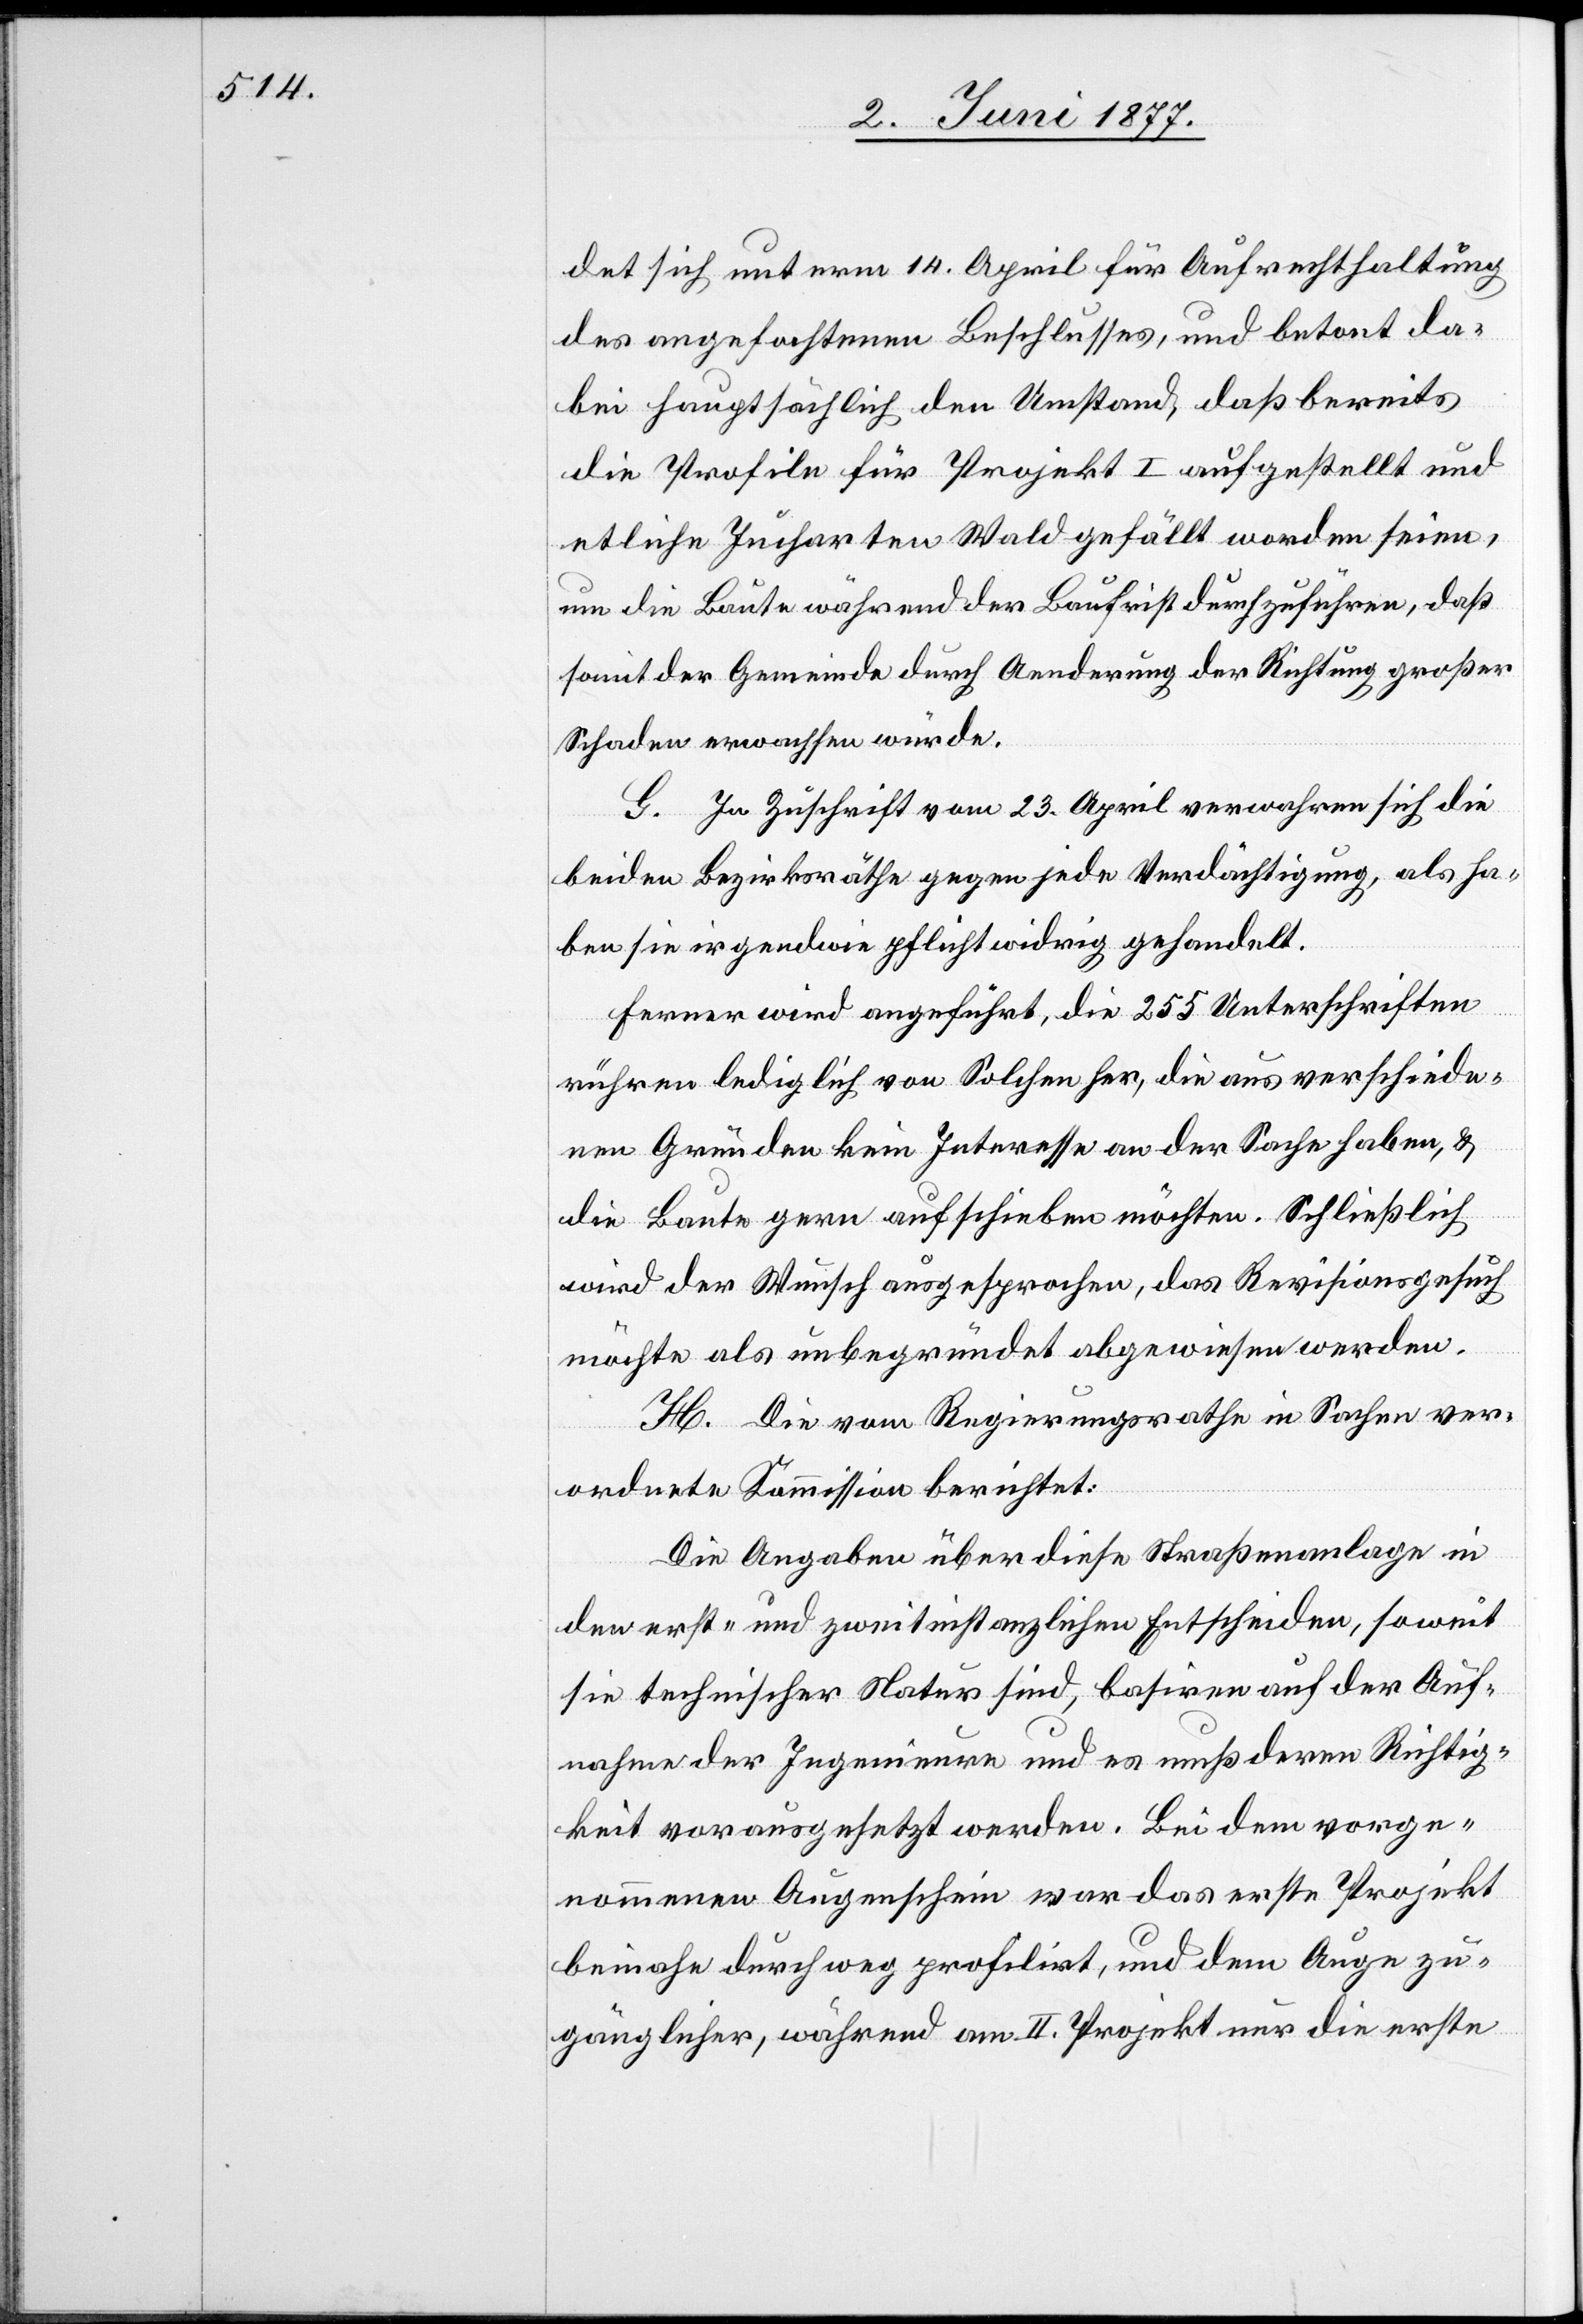
det sich unterm 14. April für Aufrechterhaltung
des angefochtenen Beschlusses, und betont da¬
bei hauptsächlich den Umstand, daß bereits
die Profile für Projekt I aufgestellt und
etliche Jucharten Wald gefällt worden seien,
um die Baute während der Baufrist durchzuführen, daß
somit der Gemeinde durch Aenderung der Richtung großer
Schaden erwachsen würde.
G. In Zuschrift vom 23. April verwahren sich die
beiden Bezirksräthe gegen jede Verdächtigung, als ha¬
ben sie irgendwie pflichtwidrig gehandelt.
Ferner wird angeführt, die 255 Unterschriften
rühren lediglich von Solchen her, die aus verschiede¬
nen Gründen kein Interesse an der Sache haben, &
die Baute gern aufschieben möchten, Schließlich
wird der Wunsch ausgesprochen, das Revisionsgesuch
möchte als unbegründet abgewiesen werden.
H. Die vom Regierungsrathe in Sachen ver¬
ordnete Kommission berichtet:
Die Angaben über diese Straßenanlage in
den erst- und zweitinstanzlichen Entscheiden, soweit
sie technischer Natur sind, basiren auf der Auf¬
nahme der Ingenieure und es muß deren Richtig¬
keit vorausgesetzt werden. Bei dem vorge¬
nommenen Augenschein war das erste Projekt
beinahe durchweg profilirt, und dem Auge zu¬
gänglicher, während am II. Projekt nur die erste